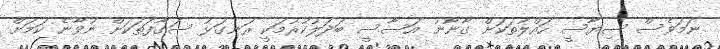
ނަމަވެސް ސިޔާސީ ހައްލުތަކަށް ގާނޫނު އަސާސީ ބަދަލުކުރުމަކީ ރަނގަޅު ސަގާފަތަކަށް ނުވާނެ ކަމަށް